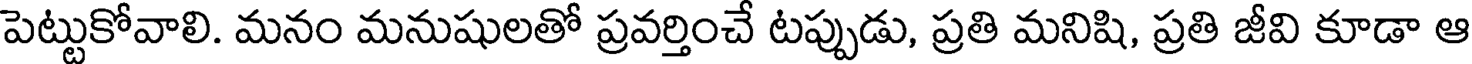
పెట్టుకోవాలి. మనం మనుషులతో ప్రవర్తించే టప్పుడు, ప్రతి మనిషి, ప్రతి జీవి కూడా ఆ